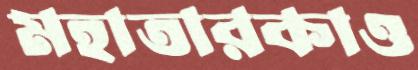
মহাতারকাও